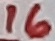
Text: 16